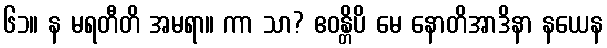
၆၁။ န မရတီတိ အမရာ။ ကာ သာ? ဧဝန္တိပိ မေ နောတိအာဒိနာ နယေန